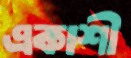
একাশী